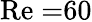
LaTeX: \mathrm{Re=}60